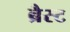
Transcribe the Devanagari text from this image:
ब्रैस्ट